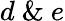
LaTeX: d\ \& \ e